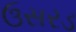
ઉસરડ